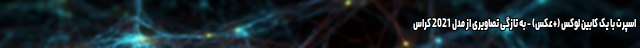
اسپرت با یک کابین لوکس (+عکس) - به تازگی تصاویری از مدل 2021 کراس